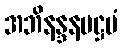
အဘိနန္ဒနမဋ္ဌမံ